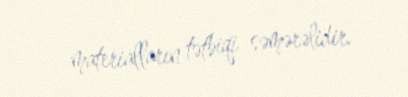
materialların tətbiqi səmərəlidir.